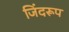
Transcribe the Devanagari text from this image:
जिंदरूप